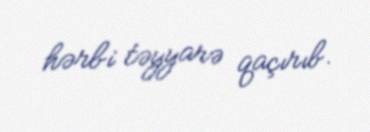
hərbi təyyarə qaçırıb.